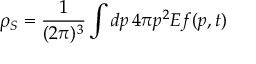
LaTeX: \rho _ { S } = \frac { 1 } { ( 2 \pi ) ^ { 3 } } \int d p \, 4 \pi p ^ { 2 } E f ( p , t )